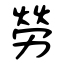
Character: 勞